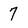
Character: 7